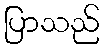
ပြာသည်